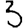
Digit: 3